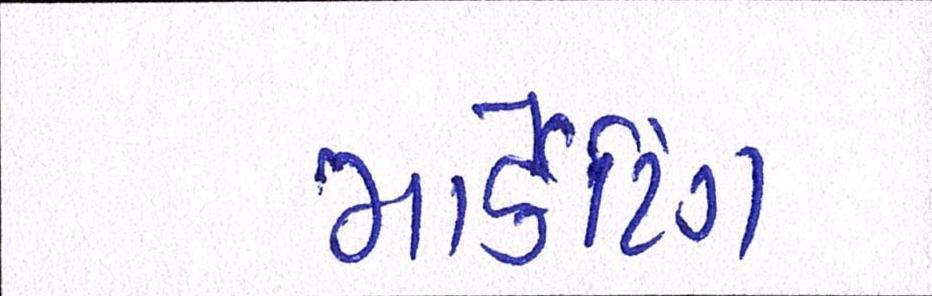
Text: માર્કેટિંગ